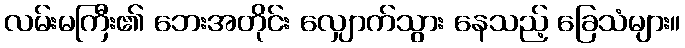
လမ်းမကြီး၏ ဘေးအတိုင်း လျှောက်သွား နေသည့် ခြေသံများ။